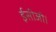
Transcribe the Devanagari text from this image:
ईसीजी।